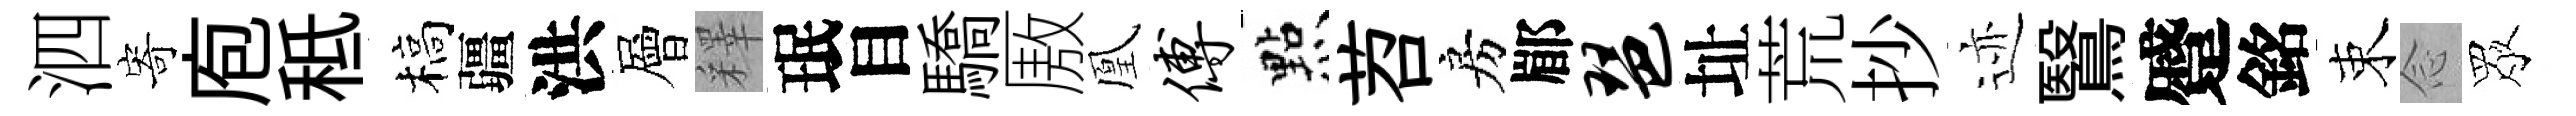
泗寄庖秪槁疆洪層釋珉目驕厫凰傅㸃苕房郿琶址荒抄迹鷖蹙銘束𫝹眾